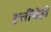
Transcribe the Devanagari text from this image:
हत्तींचेही